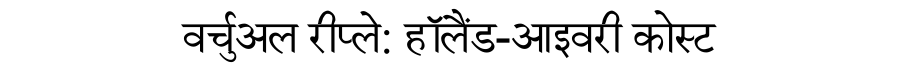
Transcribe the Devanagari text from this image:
वर्चुअल रीप्ले: हॉलैंड-आइवरी कोस्ट